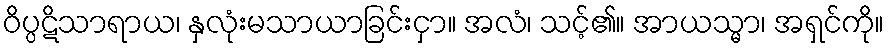
ဝိပ္ပဋိသာရာယ၊ နှလုံးမသာယာခြင်းငှာ။ အလံ၊ သင့်၏။ အာယသ္မာ၊ အရှင်ကို။